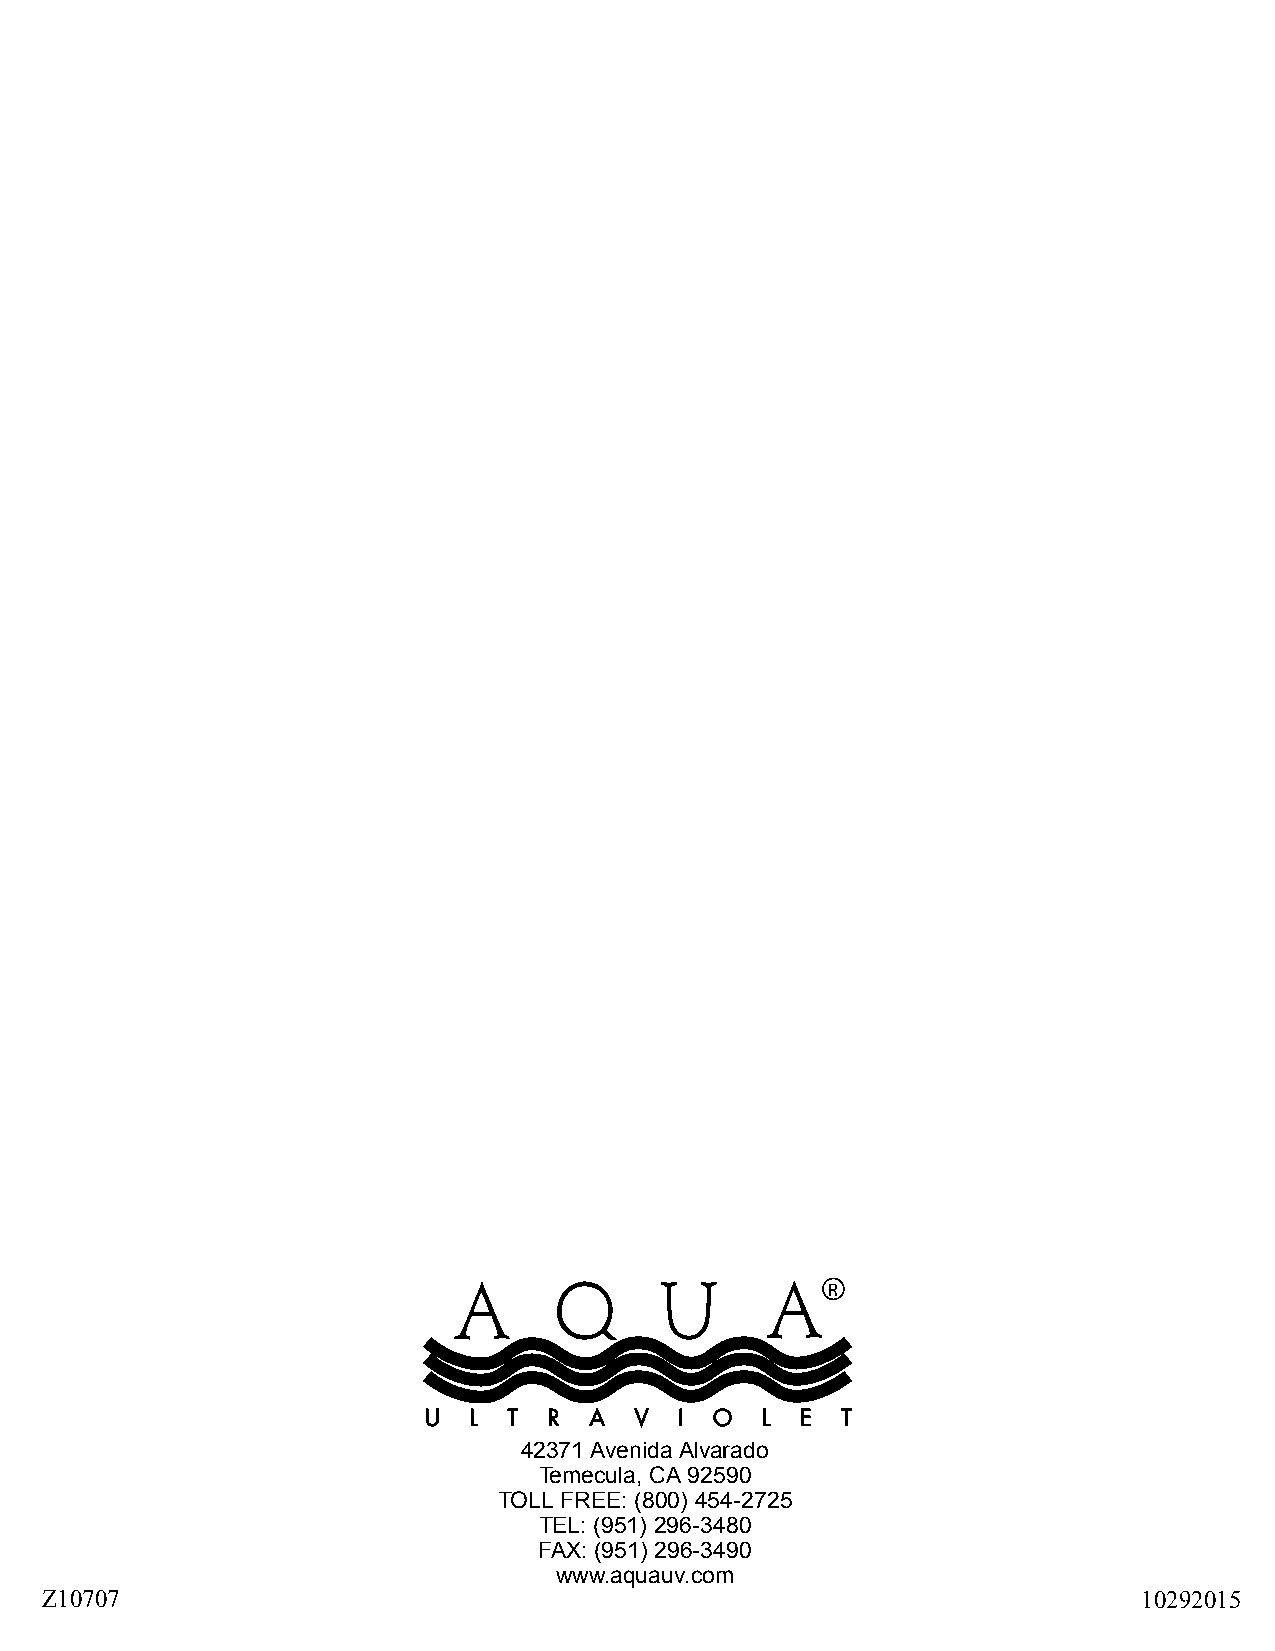
R
 42371 Avenida Alvarado
 Temecula, CA 92590
 TOLL FREE: (800) 454-2725
 TEL: (951) 296-3480
 FAX: (951) 296-3490
 www.aquauv.com
 Z10707                                                                   10292015